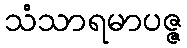
သံသာရမာပဇ္ဇ